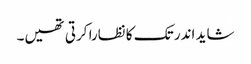
شاید اندر تک کا نظارا کرتی تھیں۔